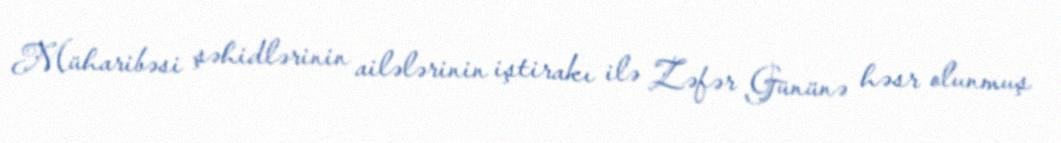
Müharibəsi şəhidlərinin ailələrinin iştirakı ilə Zəfər Gününə həsr olunmuş